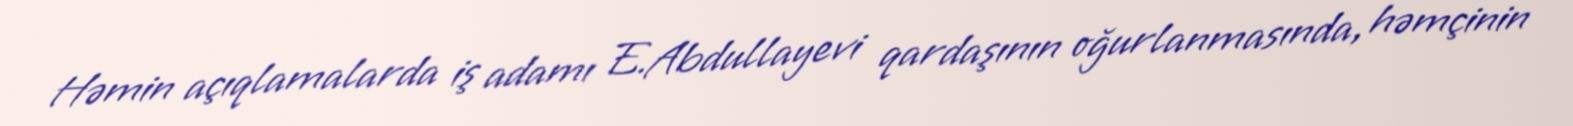
Həmin açıqlamalarda iş adamı E.Abdullayevi qardaşının oğurlanmasında, həmçinin